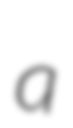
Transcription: a